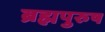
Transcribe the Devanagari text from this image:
ब्रह्मपुरुष